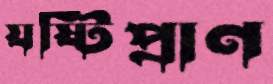
যষ্টিপ্রাণ